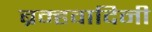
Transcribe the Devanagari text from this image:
ब्रम्हवादिनी